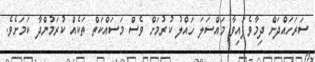
ސަރަހައްދަށް ދިމާވެފައިވާ މައްސަލަ ހައްލު ކުރުމަށް ވެސް މަސައްކަތް ތަކެއް ކުރަމުންދާ ކަމަށެވެ.